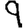
Digit: 9